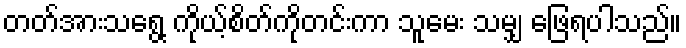
တတ်အားသရွေ့ ကိုယ့်စိတ်ကိုတင်းကာ သူမေး သမျှ ဖြေရပါသည်။